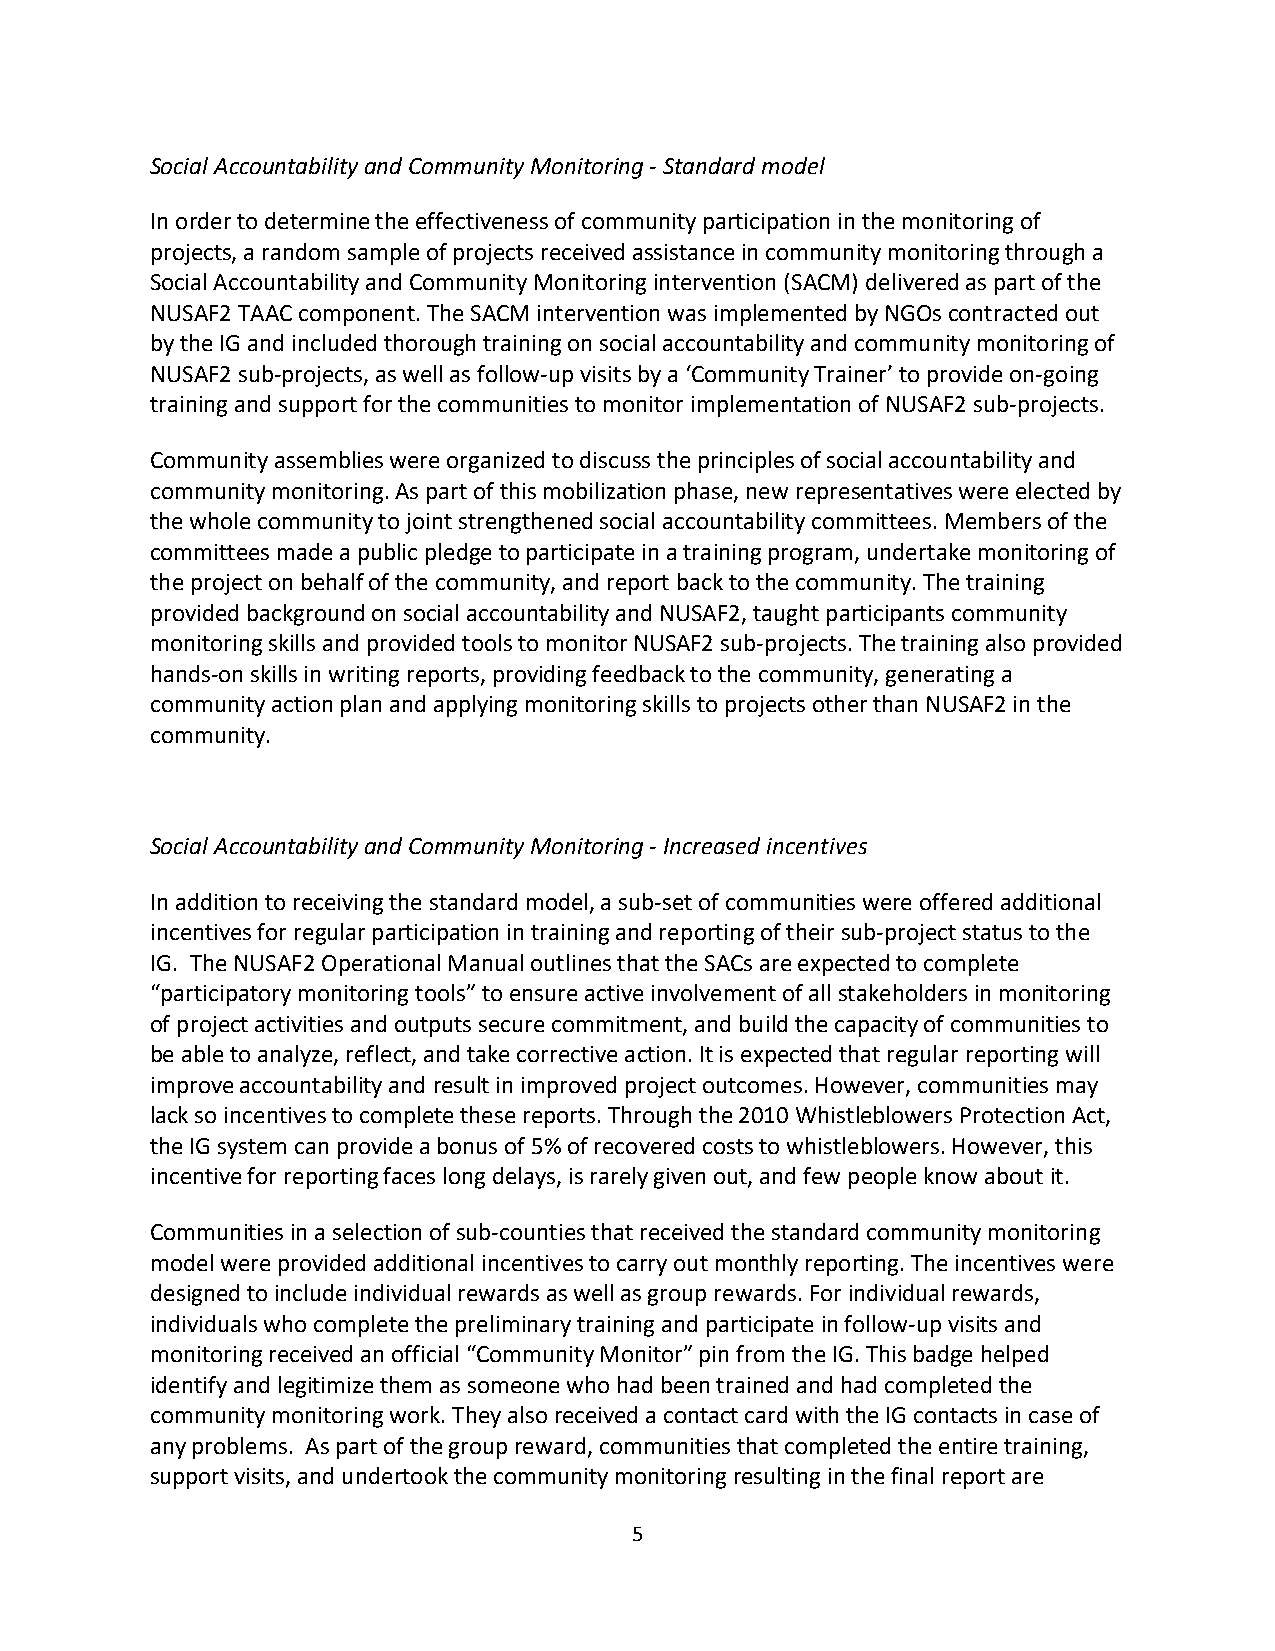
Social Accountability and Community Monitoring - Standard model
 In order to determine the effectiveness of community participation in the monitoring of
 projects, a random sample of projects received assistance in community monitoring through a
 Social Accountability and Community Monitoring intervention (SACM) delivered as part of the
 NUSAF2 TAAC component. The SACM intervention was implemented by NGOs contracted out
 by the IG and included thorough training on social accountability and community monitoring of
 NUSAF2 sub-projects, as well as follow-up visits by a ‘Community Trainer’ to provide on-going
 training and support for the communities to monitor implementation of NUSAF2 sub-projects.
 Community assemblies were organized to discuss the principles of social accountability and
 community monitoring. As part of this mobilization phase, new representatives were elected by
 the whole community to joint strengthened social accountability committees. Members of the
 committees made a public pledge to participate in a training program, undertake monitoring of
 the project on behalf of the community, and report back to the community. The training
 provided background on social accountability and NUSAF2, taught participants community
 monitoring skills and provided tools to monitor NUSAF2 sub-projects. The training also provided
 hands-on skills in writing reports, providing feedback to the community, generating a
 community action plan and applying monitoring skills to projects other than NUSAF2 in the
 community.
 Social Accountability and Community Monitoring - Increased incentives
 In addition to receiving the standard model, a sub-set of communities were offered additional
 incentives for regular participation in training and reporting of their sub-project status to the
 IG. The NUSAF2 Operational Manual outlines that the SACs are expected to complete
 “participatory monitoring tools” to ensure active involvement of all stakeholders in monitoring
 of project activities and outputs secure commitment, and build the capacity of communities to
 be able to analyze, reflect, and take corrective action. It is expected that regular reporting will
 improve accountability and result in improved project outcomes. However, communities may
 lack so incentives to complete these reports. Through the 2010 Whistleblowers Protection Act,
 the IG system can provide a bonus of 5% of recovered costs to whistleblowers. However, this
 incentive for reporting faces long delays, is rarely given out, and few people know about it.
 Communities in a selection of sub-counties that received the standard community monitoring
 model were provided additional incentives to carry out monthly reporting. The incentives were
 designed to include individual rewards as well as group rewards. For individual rewards,
 individuals who complete the preliminary training and participate in follow-up visits and
 monitoring received an official “Community Monitor” pin from the IG. This badge helped
 identify and legitimize them as someone who had been trained and had completed the
 community monitoring work. They also received a contact card with the IG contacts in case of
 any problems. As part of the group reward, communities that completed the entire training,
 support visits, and undertook the community monitoring resulting in the final report are
 5